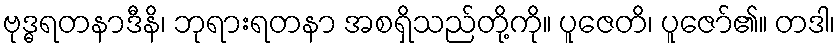
ဗုဒ္ဓရတနာဒီနိ၊ ဘုရားရတနာ အစရှိသည်တို့ကို။ ပူဇေတိ၊ ပူဇော်၏။ တဒါ၊